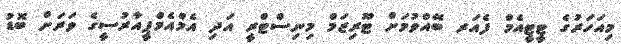
މިއަހަރުގެ ޓީޓީއެމް ފެއަރ ބޭއްވުމަށް ޓޫރިޒަމް މިނިސްޓްރީ އަދި އެމްއެމްޕީއާރުސީގެ ވަރަށް ބޮޑު